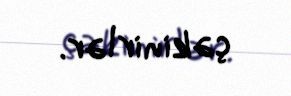
çəkinirlər.